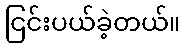
ငြင်းပယ်ခဲ့တယ်။